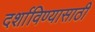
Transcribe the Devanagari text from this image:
दर्शाविण्यासाठी